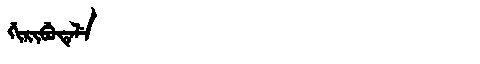
Manchu: ᡤᡳᡵᡳᠪᡠᡨᡝᠯᡝ
Romanization: GIRIBUTELE